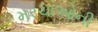
મરચાઓની